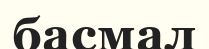
басмал